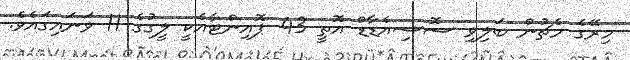
މިރޭގެ މެޗުން ބަލިވި ސޮސިއެޑާޑް އޮތީ 43 ޕޮއިންޓާއެކީ ލީގުގެ 11 ވަނައިގައެވެ.